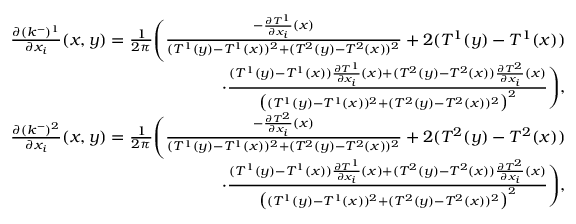
\begin{array} { r } { \frac { \partial ( k ^ { - } ) ^ { 1 } } { \partial x _ { i } } ( x , y ) = \frac { 1 } { 2 \pi } \Bigg ( \frac { - \frac { \partial T ^ { 1 } } { \partial x _ { i } } ( x ) } { ( T ^ { 1 } ( y ) - T ^ { 1 } ( x ) ) ^ { 2 } + ( T ^ { 2 } ( y ) - T ^ { 2 } ( x ) ) ^ { 2 } } + 2 ( T ^ { 1 } ( y ) - T ^ { 1 } ( x ) ) } \\ { \cdot \frac { ( T ^ { 1 } ( y ) - T ^ { 1 } ( x ) ) \frac { \partial T ^ { 1 } } { \partial x _ { i } } ( x ) + ( T ^ { 2 } ( y ) - T ^ { 2 } ( x ) ) \frac { \partial T ^ { 2 } } { \partial x _ { i } } ( x ) } { \big ( ( T ^ { 1 } ( y ) - T ^ { 1 } ( x ) ) ^ { 2 } + ( T ^ { 2 } ( y ) - T ^ { 2 } ( x ) ) ^ { 2 } \big ) ^ { 2 } } \Bigg ) , } \\ { \frac { \partial ( k ^ { - } ) ^ { 2 } } { \partial x _ { i } } ( x , y ) = \frac { 1 } { 2 \pi } \Bigg ( \frac { - \frac { \partial T ^ { 2 } } { \partial x _ { i } } ( x ) } { ( T ^ { 1 } ( y ) - T ^ { 1 } ( x ) ) ^ { 2 } + ( T ^ { 2 } ( y ) - T ^ { 2 } ( x ) ) ^ { 2 } } + 2 ( T ^ { 2 } ( y ) - T ^ { 2 } ( x ) ) } \\ { \cdot \frac { ( T ^ { 1 } ( y ) - T ^ { 1 } ( x ) ) \frac { \partial T ^ { 1 } } { \partial x _ { i } } ( x ) + ( T ^ { 2 } ( y ) - T ^ { 2 } ( x ) ) \frac { \partial T ^ { 2 } } { \partial x _ { i } } ( x ) } { \big ( ( T ^ { 1 } ( y ) - T ^ { 1 } ( x ) ) ^ { 2 } + ( T ^ { 2 } ( y ) - T ^ { 2 } ( x ) ) ^ { 2 } \big ) ^ { 2 } } \Bigg ) , } \end{array}